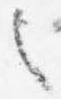
之